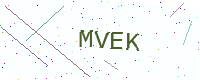
Text: MVEK